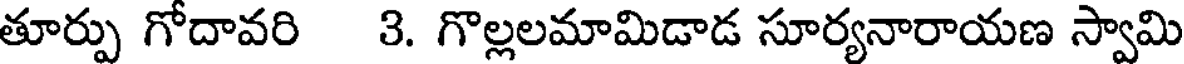
తూర్పు గోదావరి 3. గొల్లలమామిడాడ సూర్యనారాయణ స్వామి